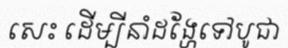
សេះ ដើម្បីនាំដង្ហែទៅបូជា